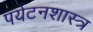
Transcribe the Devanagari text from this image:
पर्यटनशास्त्र